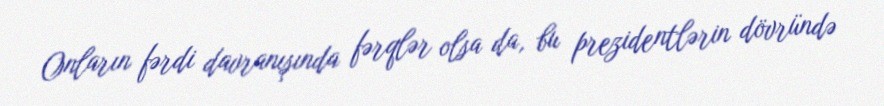
Onların fərdi davranışında fərqlər olsa da, bu prezidentlərin dövründə